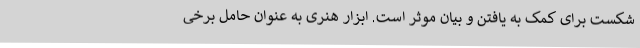
شکست برای کمک به یافتن و بیان موثر است. ابزار هنری به عنوان حامل برخی